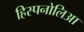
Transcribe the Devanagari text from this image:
हिस्पनोलिआ